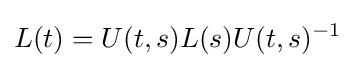
L(t)=U(t,s)L(s)U(t,s)^{-1}